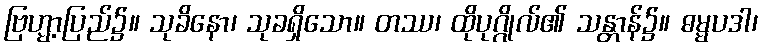
ဗြဟ္မာ့ပြည်၌။ သုခိနော၊ သုခရှိသော။ တဿ၊ ထိုပုဂ္ဂိုလ်၏ သန္တာန်၌။ ဓမ္မပဒါ၊